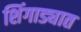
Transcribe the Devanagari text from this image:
शिंगाड्यात